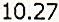
10.27